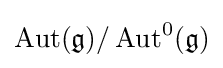
\operatorname {Aut} ({\mathfrak {g}})/\operatorname {Aut} ^{0}({\mathfrak {g}})